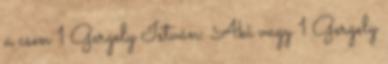
a csen 1 Gergely István: Aki vagy 1 Gergely